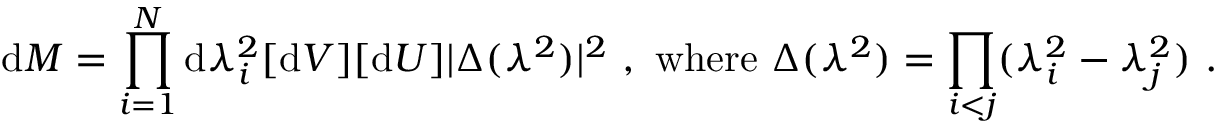
\mathrm { d } M = \prod _ { i = 1 } ^ { N } \mathrm { d } \lambda _ { i } ^ { 2 } [ \mathrm { d } V ] [ \mathrm { d } U ] | \Delta ( \lambda ^ { 2 } ) | ^ { 2 } \ , \ \mathrm { w h e r e } \ \Delta ( \lambda ^ { 2 } ) = \prod _ { i < j } ( \lambda _ { i } ^ { 2 } - \lambda _ { j } ^ { 2 } ) \ .